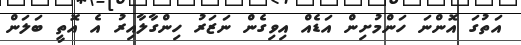
އަތުގަ އޮންނަ ހަންމުށިން އަޑެއް އިވިގެން ނަޒަރު ހިންގާލާއިރު އެ އޮތީ ބަލަން